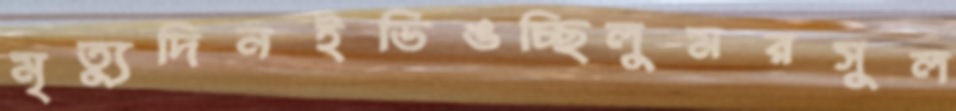
মৃত্যুদিনইডিঙচ্ছিলুমরসুল